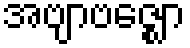
အဗျာဗဇ္ဈော